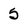
Character: 5